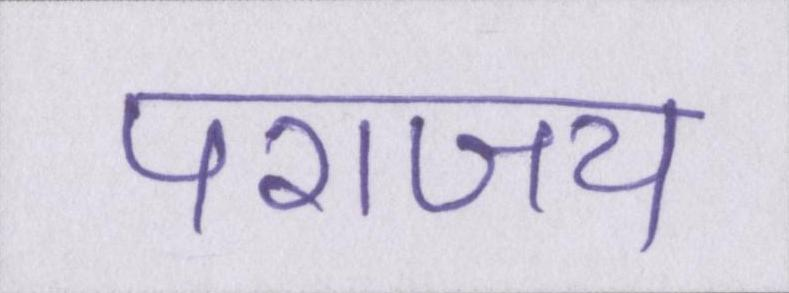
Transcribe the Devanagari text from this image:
पराजय